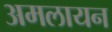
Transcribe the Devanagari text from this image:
अमलायन